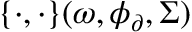
\{ \cdot , \cdot \} ( \omega , \phi _ { \partial } , \Sigma )